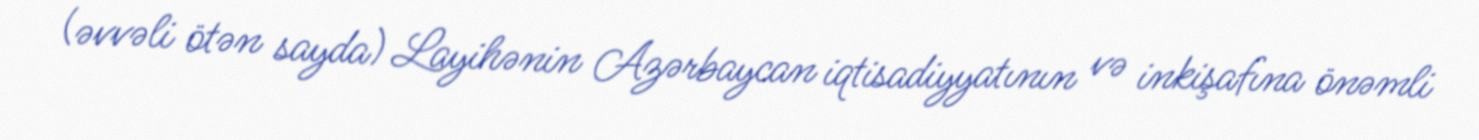
(əvvəli ötən sayda) Layihənin Azərbaycan iqtisadiyyatının və inkişafına önəmli